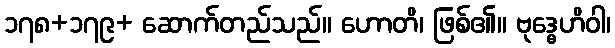
၁၇၈+၁၇၉+ ဆောက်တည်သည်။ ဟောတိ၊ ဖြစ်၏။ ဗုဒ္ဓေဟိဝါ၊